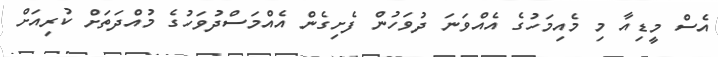
އެސް މީޑިއާ މި މެއިމަހުގެ އެއްވަނަ ދުވަހުން ފެށިގެން އެއްމަސްދުވަހުގެ މުއްދަތަށް ކުރިއަށް